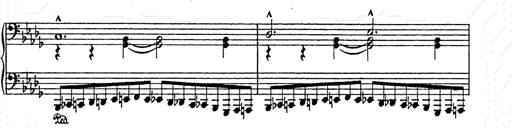
Title: Ballade No.2
Composer: Jan Skrzydlewski
Key: B minor